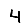
Digit: 4